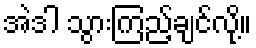
အဲဒါ သွားကြည့်ချင်လို့။